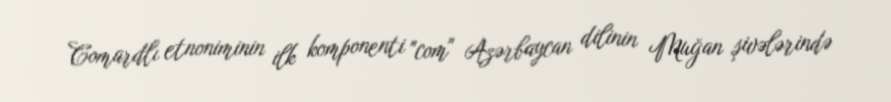
Comardlı etnoniminin ilk komponenti "com" Azərbaycan dilinin Muğan şivələrində